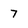
Character: 7